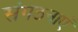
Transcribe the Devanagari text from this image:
संगठनाएँ